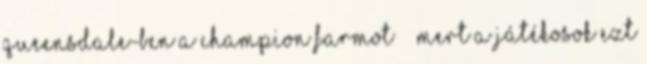
Queensdale-ben a champion farmot – “mert a játékosok ezt